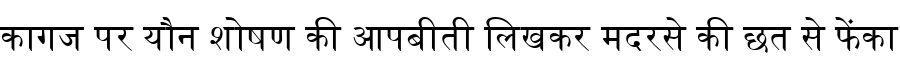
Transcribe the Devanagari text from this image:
कागज पर यौन शोषण की आपबीती लिखकर मदरसे की छत से फेंका